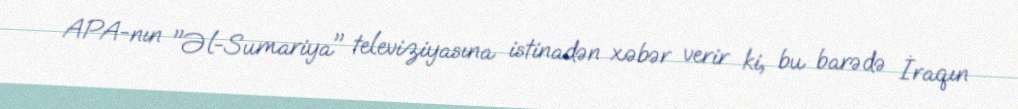
APA-nın "Əl-Sumariya" televiziyasına istinadən xəbər verir ki, bu barədə İraqın